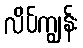
လိပ်ကျွန်း